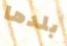
بلدها